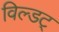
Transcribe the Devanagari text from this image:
विल्डट्